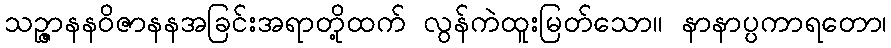
သဉ္ဇာနနဝိဇာနနအခြင်းအရာတို့ထက် လွန်ကဲထူးမြတ်သော။ နာနာပ္ပကာရတော၊